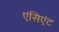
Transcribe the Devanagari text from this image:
एंसिएंट